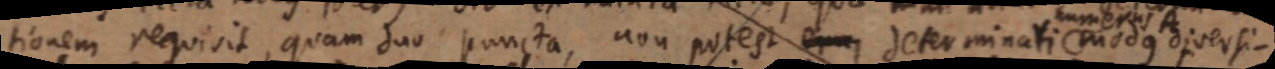
tionem requisit, quam duo puncta, non potest _ determinati modus diversi–